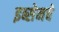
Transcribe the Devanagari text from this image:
इब्सेनचे